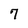
Character: 7